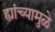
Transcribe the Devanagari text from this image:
ह्यांच्यामुळे